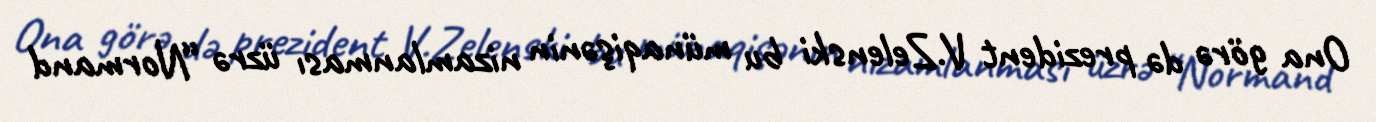
Ona görə də prezident V.Zelenski bu münaqişənin nizamlanması üzrə “Normand